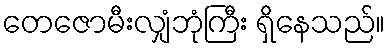
တေဇောမီးလျှံဘုံကြီး ရှိနေသည်။